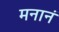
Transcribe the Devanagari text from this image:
मनानं